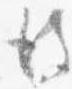
彼